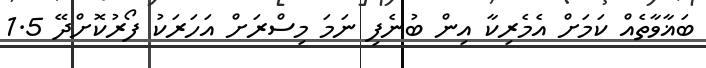
ބަޣާވާތެއް ކަމަށް އެމެރިކާ އިން ބުނެފި ނަމަ މިސްރަށް އަހަރަކު ފޯރުކޮށްދޭ 1.5